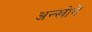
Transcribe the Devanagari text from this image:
अन्खोने